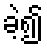
ခဲ့၍